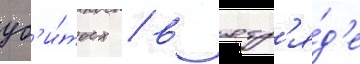
уб'и́тых / в отр'я́д'е